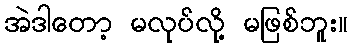
အဲဒါတော့ မလုပ်လို့ မဖြစ်ဘူး။